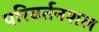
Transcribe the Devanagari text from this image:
परिवर्तनशल